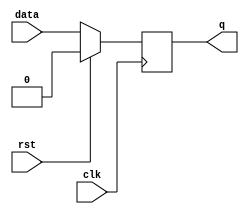
module dff_sync_reset(
    input wire clk,
    input wire data,
    input wire rst,
    output reg q
);
    always @ (posedge clk) begin
        if (rst == 1)begin
            q <= 1'b0;
        end
        else begin
            q <= data;
        end
    end
endmodule